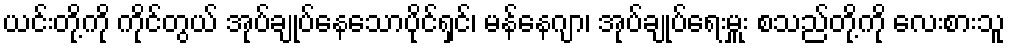
ယင်းတို့ကို ကိုင်တွယ် အုပ်ချုပ်နေသောပိုင်ရှင်၊ မန်နေဂျာ၊ အုပ်ချုပ်ရေးမှူး စသည်တို့ကို လေးစားသူ